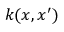
k ( x , x ^ { \prime } )